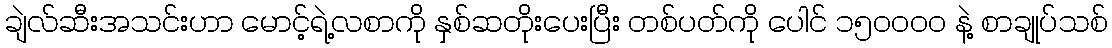
ချဲလ်ဆီးအသင်းဟာ မောင့်ရဲ့လစာကို နှစ်ဆတိုးပေးပြီး တစ်ပတ်ကို ပေါင် ၁၅၀၀၀၀ နဲ့ စာချုပ်သစ်